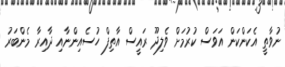
ނުވާތީ އެކަންކަން އަވަސް ކުރުމަށް ވެލިދޫ ރައީސް އާތިފް ހުސެއިންނާއި ދާއިރާ މެންބަރު